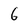
Character: 6